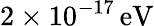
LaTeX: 2\times 10^{-17}\, \textrm{eV}